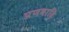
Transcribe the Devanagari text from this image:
प्रणवादि